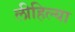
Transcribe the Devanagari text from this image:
लीहिल्या